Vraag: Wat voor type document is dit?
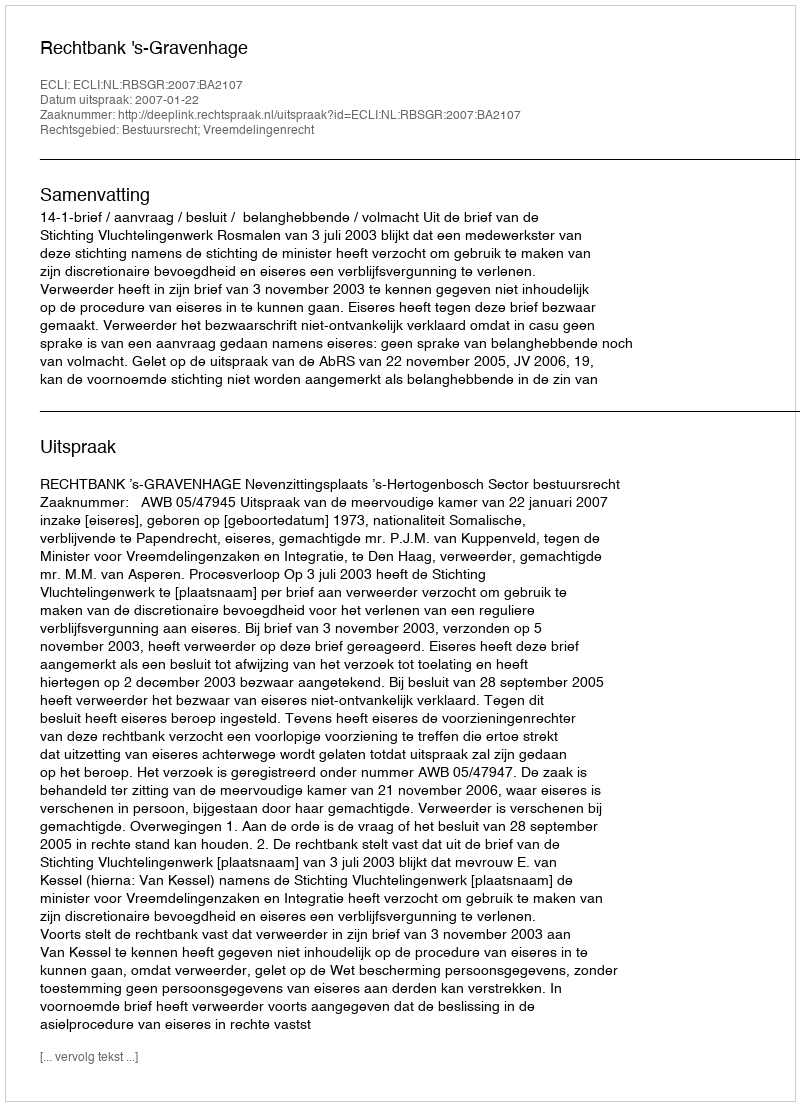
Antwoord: Uitspraak